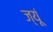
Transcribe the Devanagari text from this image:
ज्यूं